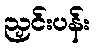
ညှင်းပန်း